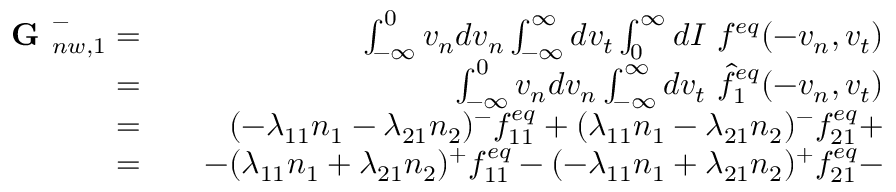
\begin{array} { r l r } { \textbf { G } _ { n w , 1 } ^ { - } = } & { { } } & { \int _ { - \infty } ^ { 0 } v _ { n } d v _ { n } \int _ { - \infty } ^ { \infty } d v _ { t } \int _ { 0 } ^ { \infty } d I \ f ^ { e q } ( - v _ { n } , v _ { t } ) } \\ { = } & { { } } & { \int _ { - \infty } ^ { 0 } v _ { n } d v _ { n } \int _ { - \infty } ^ { \infty } d v _ { t } \ \hat { f } _ { 1 } ^ { e q } ( - v _ { n } , v _ { t } ) } \\ { = } & { { } } & { ( - \lambda _ { 1 1 } n _ { 1 } - \lambda _ { 2 1 } n _ { 2 } ) ^ { - } f _ { 1 1 } ^ { e q } + ( \lambda _ { 1 1 } n _ { 1 } - \lambda _ { 2 1 } n _ { 2 } ) ^ { - } f _ { 2 1 } ^ { e q } + } \\ { = } & { { } } & { - ( \lambda _ { 1 1 } n _ { 1 } + \lambda _ { 2 1 } n _ { 2 } ) ^ { + } f _ { 1 1 } ^ { e q } - ( - \lambda _ { 1 1 } n _ { 1 } + \lambda _ { 2 1 } n _ { 2 } ) ^ { + } f _ { 2 1 } ^ { e q } - } \end{array}